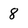
Character: 8